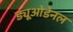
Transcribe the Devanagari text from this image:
ड्यूओडेनल